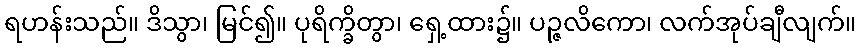
ရဟန်းသည်။ ဒိသွာ၊ မြင်၍။ ပုရိက္ခိတွာ၊ ရှေ့ထား၌။ ပဉ္ဇလိကော၊ လက်အုပ်ချီလျက်။